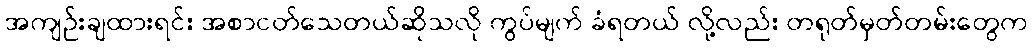
အကျဉ်းချထားရင်း အစာငတ်သေတယ်ဆိုသလို ကွပ်မျက် ခံရတယ် လို့လည်း တရုတ်မှတ်တမ်းတွေက